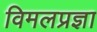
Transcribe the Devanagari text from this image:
विमलप्रज्ञा